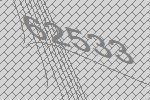
62533